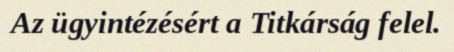
Az ügyintézésért a Titkárság felel.